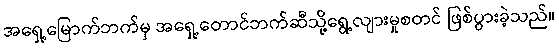
အရှေ့မြောက်ဘက်မှ အရှေ့တောင်ဘက်ဆီသို့ရွေ့လျားမှုစတင် ဖြစ်ပွားခဲ့သည်။